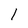
Character: l